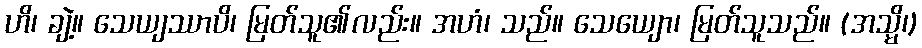
ဟိ၊ ချဲ့။ သေယျဿာပိ၊ မြတ်သူ၏လည်း။ အဟံ၊ သည်။ သေယျော၊ မြတ်သူသည်။ (အသ္မိ၊)